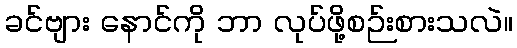
ခင်ဗျား နောင်ကို ဘာ လုပ်ဖို့စဉ်းစားသလဲ။